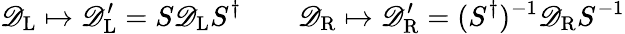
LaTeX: \mathscr{D}_{\mathrm{{{L}}}}\mapsto\mathscr{D}_{\mathrm{{{L}}}}^{\prime}=S\mathscr{D}_{\mathrm{{{L}}}}S^{\dagger}\qquad\mathscr{D}_{\mathrm{{{R}}}}\mapsto\mathscr{D}_{\mathrm{{{R}}}}^{\prime}=(S^{\dagger})^{-1}\mathscr{D}_{\mathrm{{{R}}}}S^{-1}